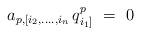
LaTeX: \begin{align*}a_{p,[i_2,....,i_n} \, q^{p}_{i_1]} ~=~0\end{align*}